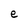
Character: e